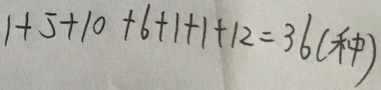
1 + 5 + 1 0 + 6 + 1 + 1 + 1 2 = 3 6 ( 种 )